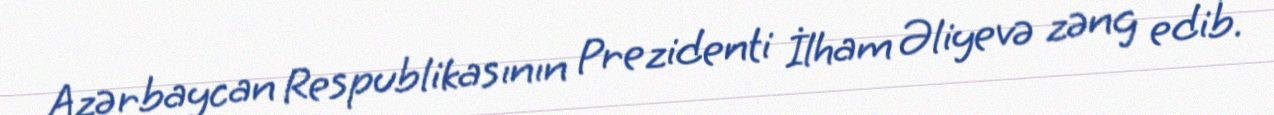
Azərbaycan Respublikasının Prezidenti İlham Əliyevə zəng edib.